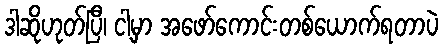
ဒါဆိုဟုတ်ပြီ၊ ငါ့မှာ အဖော်ကောင်းတစ်ယောက်ရတာပဲ